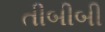
તીબીબી